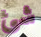
شئ